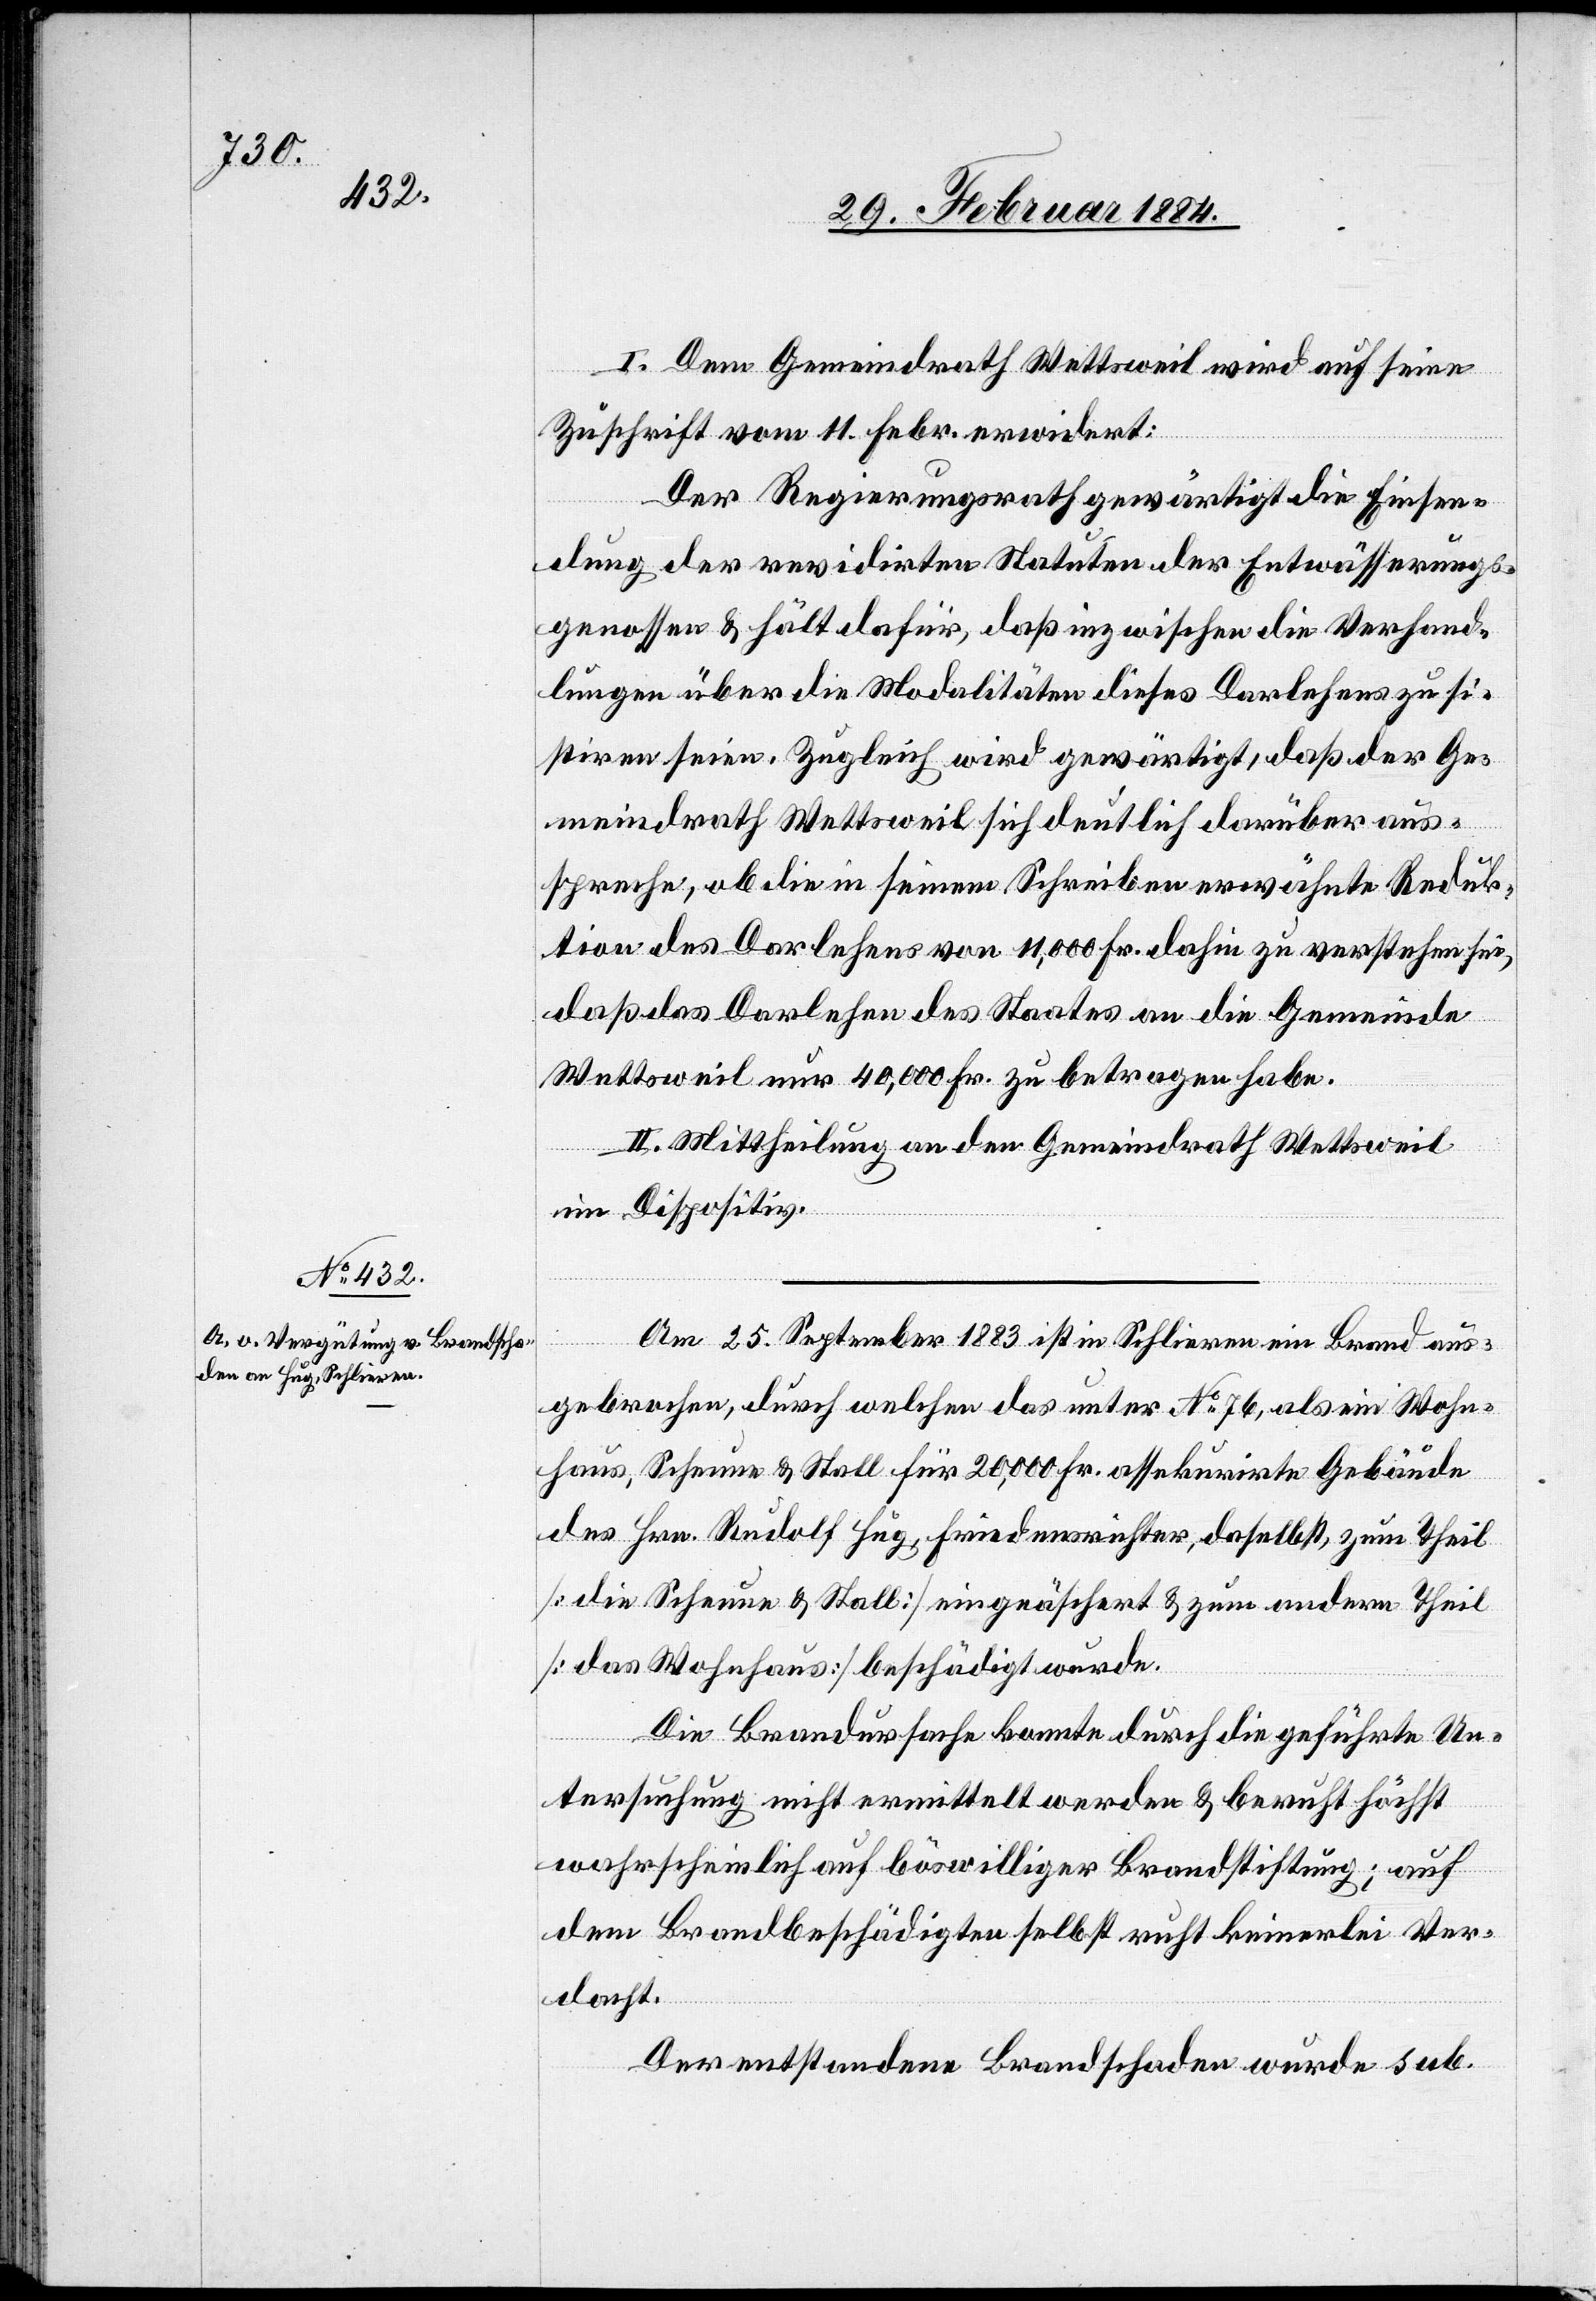
I. Dem Gemeindrath Wettsweil wird auf seine
Zuschrift vom 11. Febr. erwidert:
Der Regierungsrath gewärtigt die Einsen¬
dung der revidirten Statuten der Entwässerungs¬
genossen & hält dafür, daß inzwischen die Verhand¬
lungen über die Modalitäten dieses Darlehens zu si¬
stiren seien. Zugleich wird gewärtigt, daß der Ge¬
meindrath Wettsweil sich deutlich darüber aus¬
spreche, ob die in seinem Schreiben erwähnte Reduk¬
tion des Darlehens von 11,000 Fr. dahin zu verstehen sei,
daß das Darlehen des Staates an die Gemeinde
Wettsweil nur 40,000 Fr. zu betragen habe.
II. Mittheilung an den Gemeindrath Wettsweil
im Dispositiv.
Am 25. September 1883 ist in Schlieren ein Brand aus¬
gebrochen, durch welchen das unter No 76, als ein Wohn¬
haus, Scheune & Stall für 20,000 Fr. assekurirte Gebäude
des Hrn. Rudolf Hug, Friedensrichter, daselbst, zum Theil
[die Scheune & Stall] eingeäschert & zum andern Theil
[das Wohnhaus] beschädigt wurde.
Die Brandursache konnte durch die geführte Un¬
tersuchung nicht ermittelt werden & beruht höchst
wahrscheinlich auf böswilliger Brandstiftung; auf
dem Brandbeschädigten selbst ruht keinerlei Ver¬
dacht.
Der entstandene Brandschaden wurde sub.